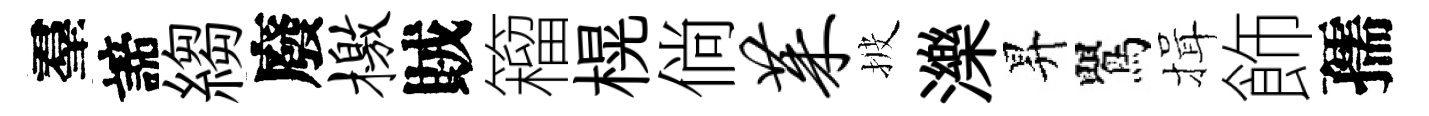
羣諦縐廢檄賊籕榥倘茱披濼昇鸎揖飾孺